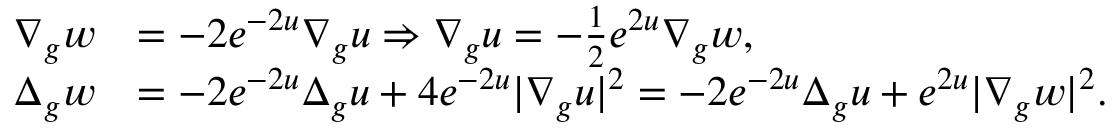
\begin{array} { r l } { \nabla _ { g } w } & { = - 2 e ^ { - 2 u } \nabla _ { g } u \Rightarrow \nabla _ { g } u = - \frac { 1 } { 2 } e ^ { 2 u } \nabla _ { g } w , } \\ { \Delta _ { g } w } & { = - 2 e ^ { - 2 u } \Delta _ { g } u + 4 e ^ { - 2 u } \lvert \nabla _ { g } u \rvert ^ { 2 } = - 2 e ^ { - 2 u } \Delta _ { g } u + e ^ { 2 u } \lvert \nabla _ { g } w \rvert ^ { 2 } . } \end{array}